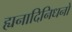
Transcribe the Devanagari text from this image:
ह्यनादिनिधनो